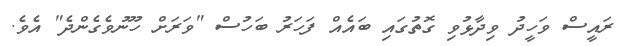
ރައީސް ވަހީދު ވިދާޅުވި ގޮތުގައި ބައެއް ފަހަރު ބަހުސް "ވަރަށް ހޫނުވެގެންދެ" އެވެ.